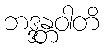
ဘဒ္ဒန္တဝါတိ